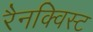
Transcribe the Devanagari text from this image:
रैनक्विस्ट